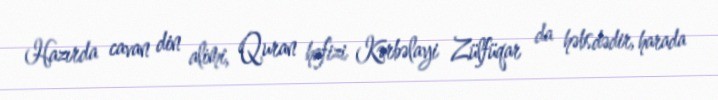
Hazırda cavan din alimi, Quran hafizi Kərbəlayi Zülfüqar da həbsdədir, harada